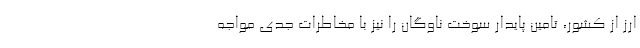
ارز از كشور، تامين پايدار سوخت ناوگان را نيز با مخاطرات جدي مواجه